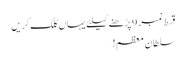
قسط نمبر 9 پڑھنے کیلئے یہاں کلک کریں
سلطان معظم!